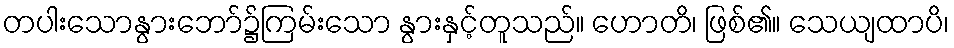
တပါးသောနွားဘော်၌ကြမ်းသော နွားနှင့်တူသည်။ ဟောတိ၊ ဖြစ်၏။ သေယျထာပိ၊